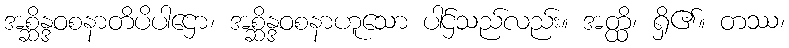
အစ္ဆိန္ဒဝစနာတိပိပါဌော၊ အစ္ဆိန္ဒဝစနာဟူသော ပါဌ်သည်လည်း။ အတ္ထိ၊ ရှိ၏။ တဿ၊